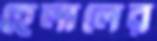
হেলালের